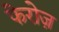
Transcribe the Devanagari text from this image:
फेरोज़